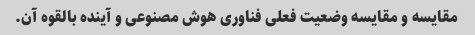
مقایسه و مقایسه وضعیت فعلی فناوری هوش مصنوعی و آینده بالقوه آن.